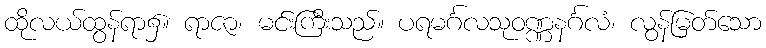
ထိုလယ်ထွန်ရာ၌။ ရာဇာ၊ မင်းကြီးသည်။ ပရမင်္ဂလသုဝဏ္ဏနင်္ဂလံ၊ လွန်မြတ်သော